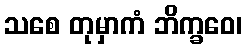
သစေ တုမှာကံ ဘိက္ခဝေ၊